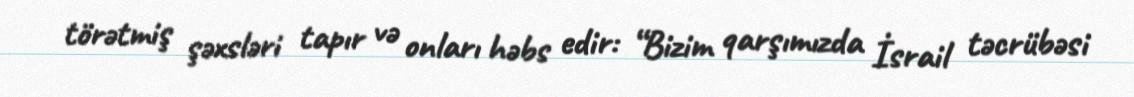
törətmiş şəxsləri tapır və onları həbs edir: “Bizim qarşımızda İsrail təcrübəsi